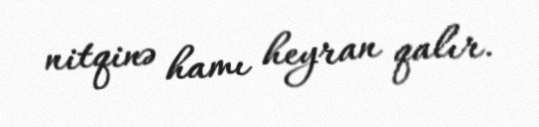
nitqinə hamı heyran qalır.